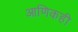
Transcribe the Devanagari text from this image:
आणिकही